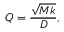
Q = { \frac { \sqrt { M k } } { D } } ,